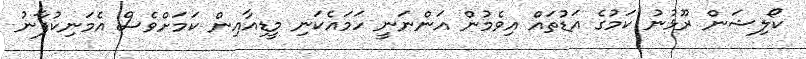
ކޯލިޝަން ރޫޅުނު ކަމުގެ އަޑުތައް އިވެމުން އަންނަނީ ހަމައެކަނި މީޑިއާއިން ކަމަށްވެސް އެމަނިކުފާނު